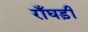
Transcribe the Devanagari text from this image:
राँघड़ी